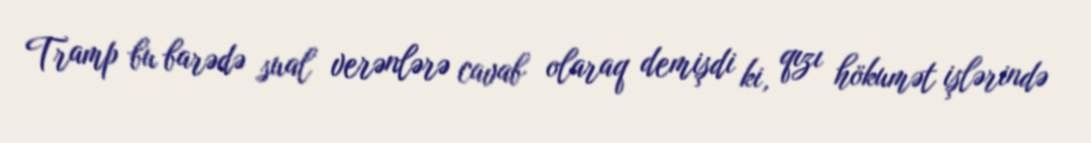
Tramp bu barədə sual verənlərə cavab olaraq demişdi ki, qızı hökumət işlərində